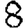
Digit: 8